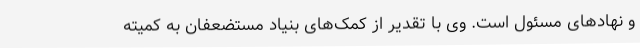
و نهادهای مسئول است. وی با تقدیر از کمک‌های بنیاد مستضعفان به کمیته